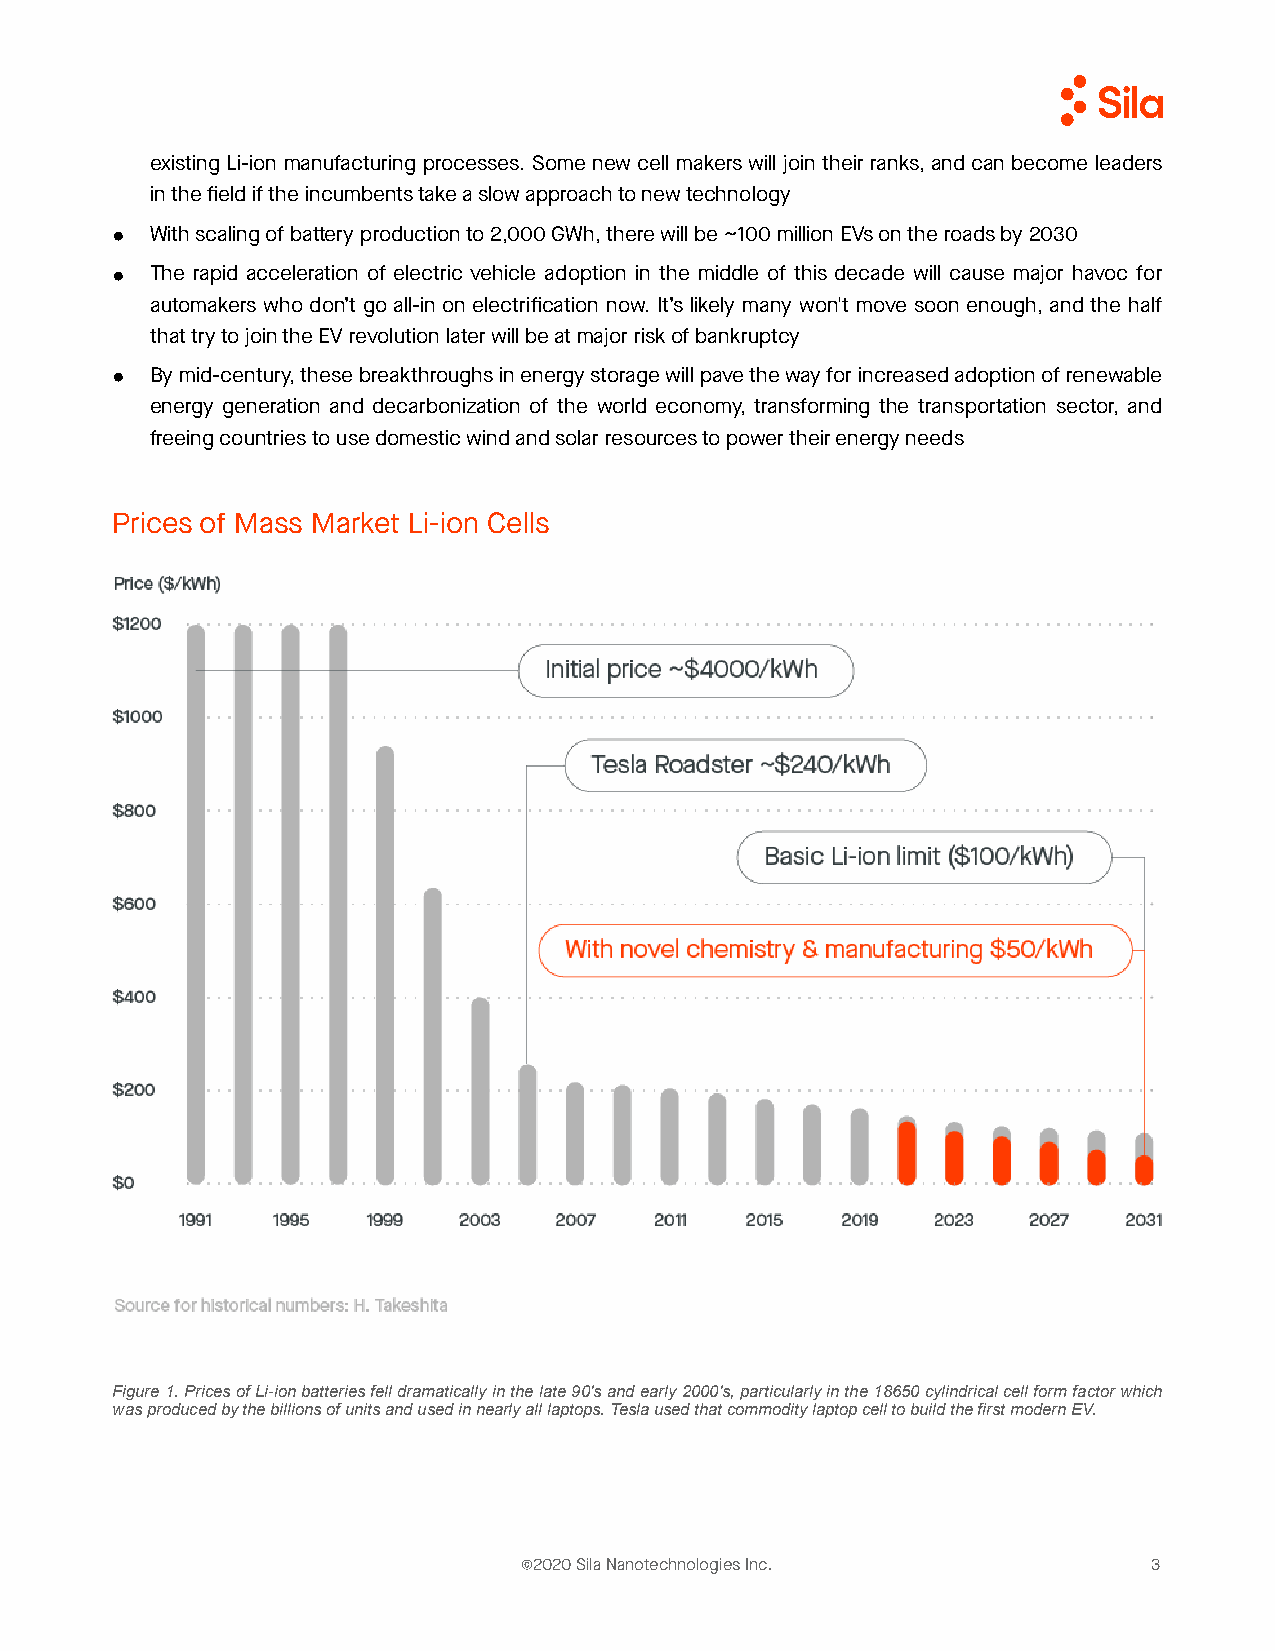
existing Li-ion manufacturing processes. Some new cell makers will join their ranks, and can become leaders
 in the field if the incumbents take a slow approach to new technology
 ●  With scaling of battery production to 2,000 GWh, there will be ~100 million EVs on the roads by 2030
 ●  The rapid acceleration of electric vehicle adoption in the middle of this decade will cause major havoc for
 automakers who don’t go all-in on electrification now. It’s likely many won't move soon enough, and the half
 that try to join the EV revolution later will be at major risk of bankruptcy
 ●  By mid-century, these breakthroughs in energy storage will pave the way for increased adoption of renewable
 energy generation and decarbonization of the world economy, transforming the transportation sector, and
 freeing countries to use domestic wind and solar resources to power their energy needs
 Prices of Mass Market Li-ion Cells
 Figure 1. Prices of Li-ion batteries fell dramatically in the late 90's and early 2000's, particularly in the 18650 cylindrical cell form factor which
 was produced by the billions of units and used in nearly all laptops. Tesla used that commodity laptop cell to build the first modern EV.
 ©2020 Sila Nanotechnologies Inc.          3